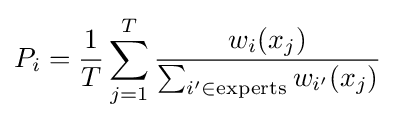
P_{i}={\frac {1}{T}}\sum _{j=1}^{T}{\frac {w_{i}(x_{j})}{\sum _{i'\in {\text{experts}}}w_{i'}(x_{j})}}